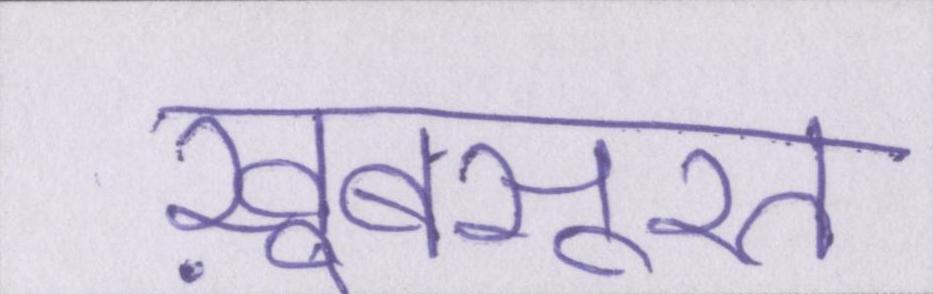
ख़ूबसूरत